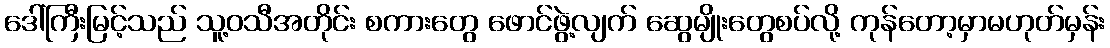
ဒေါ်ကြီးမြင့်သည် သူ့ဝသီအတိုင်း စကားတွေ ဖောင်ဖွဲ့လျက် ဆွေမျိုးတွေစပ်လို့ ကုန်တော့မှာမဟုတ်မှန်း